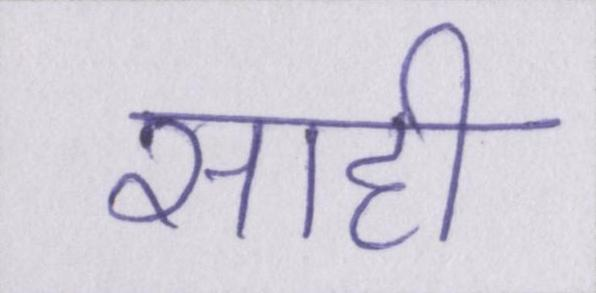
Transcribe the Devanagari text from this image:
साही